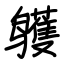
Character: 鹱